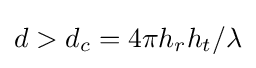
d>d_{c}=4\pi h_{r}h_{t}/\lambda